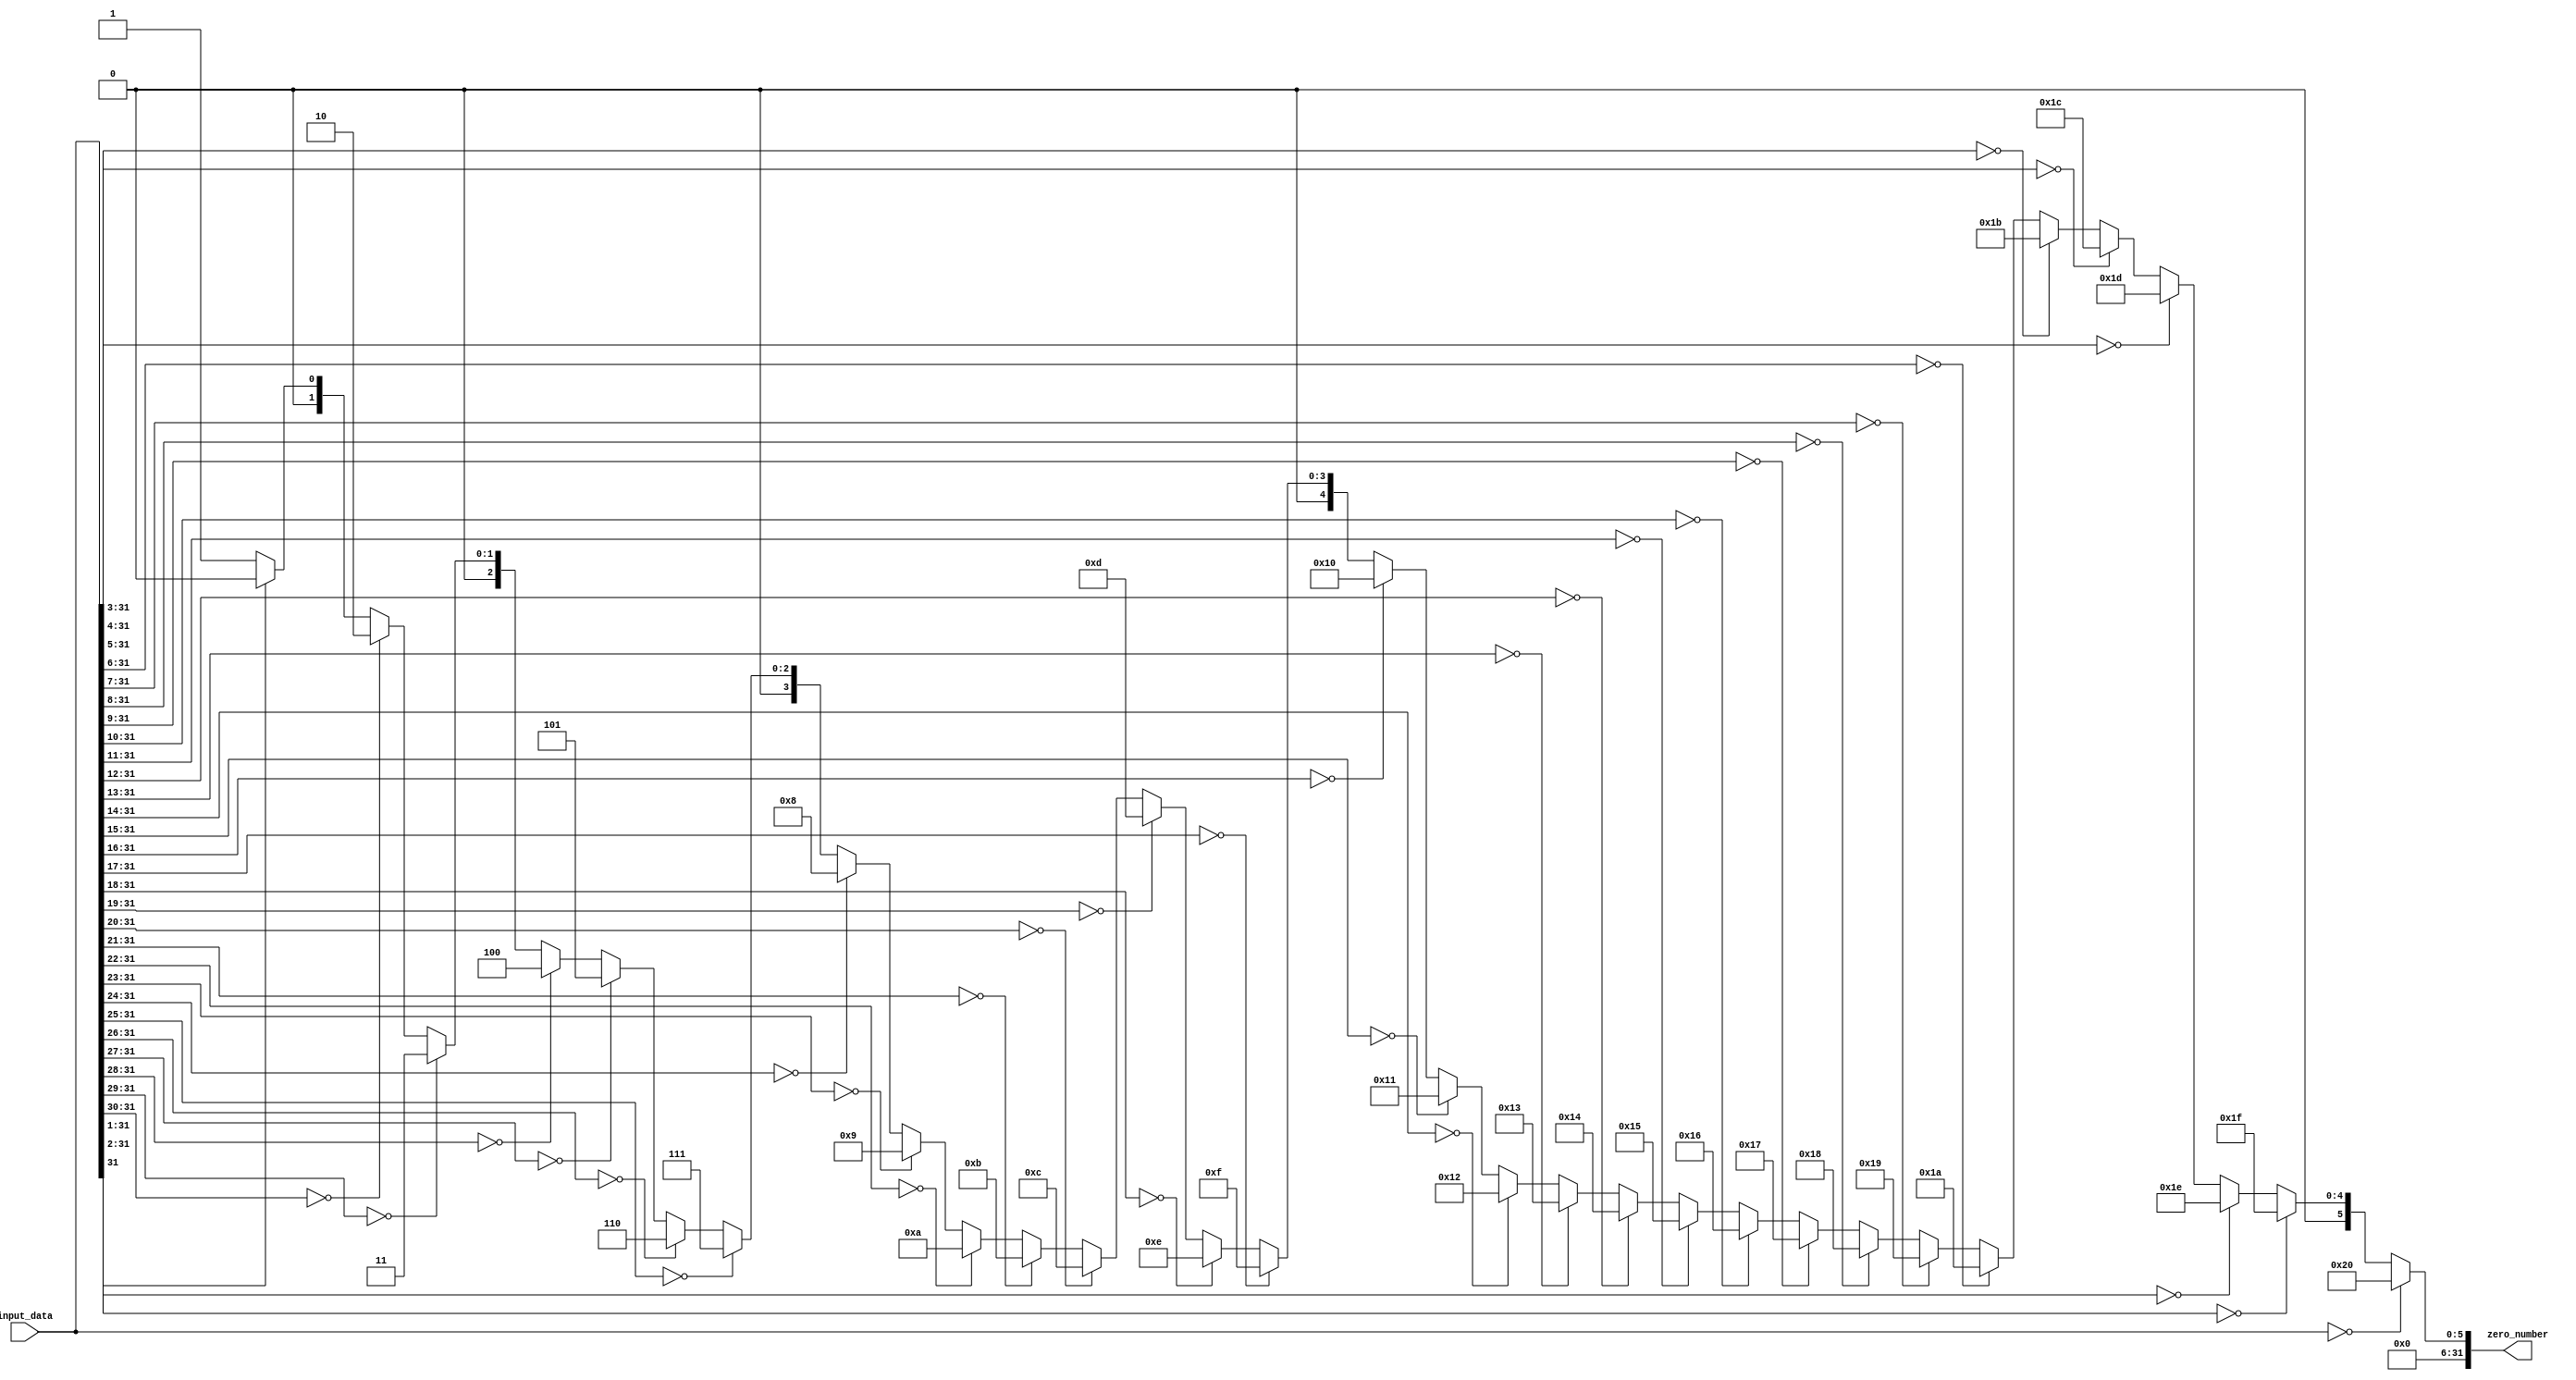
`timescale 1ns / 1ps
module clz (
    input [31:0] input_data,
    output [31:0] zero_number
);
assign zero_number = 
(input_data[31:0] == 32'b0) ? 32 :
(input_data[31:1] == 31'b0) ? 31 :
(input_data[31:2] == 30'b0) ? 30 :
(input_data[31:3] == 29'b0) ? 29 :
(input_data[31:4] == 28'b0) ? 28 :
(input_data[31:5] == 27'b0) ? 27 :
(input_data[31:6] == 26'b0) ? 26 :
(input_data[31:7] == 25'b0) ? 25 :
(input_data[31:8] == 24'b0) ? 24 :
(input_data[31:9] == 23'b0) ? 23 :
(input_data[31:10] == 22'b0) ? 22 :
(input_data[31:11] == 21'b0) ? 21 :
(input_data[31:12] == 20'b0) ? 20 :
(input_data[31:13] == 19'b0) ? 19 :
(input_data[31:14] == 18'b0) ? 18 :
(input_data[31:15] == 17'b0) ? 17 :
(input_data[31:16] == 16'b0) ? 16 :
(input_data[31:17] == 15'b0) ? 15 :
(input_data[31:18] == 14'b0) ? 14 :
(input_data[31:19] == 13'b0) ? 13 :
(input_data[31:20] == 12'b0) ? 12 :
(input_data[31:21] == 11'b0) ? 11 :
(input_data[31:22] == 10'b0) ? 10 :
(input_data[31:23] == 9'b0) ? 9 :
(input_data[31:24] == 8'b0) ? 8 :
(input_data[31:25] == 7'b0) ? 7 :
(input_data[31:26] == 6'b0) ? 6 :
(input_data[31:27] == 5'b0) ? 5 :
(input_data[31:28] == 4'b0) ? 4 :
(input_data[31:29] == 3'b0) ? 3 :
(input_data[31:30] == 2'b0) ? 2 :
(input_data[31] == 1'b0) ? 1 : 0;

endmodule